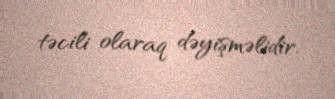
təcili olaraq dəyişməlidir.